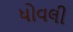
ધોવલી